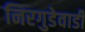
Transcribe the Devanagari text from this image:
निरगुडेवाडी